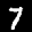
Label: 7